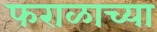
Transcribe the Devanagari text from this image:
फराळाच्या